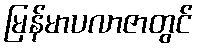
မြန်မာပလာဇာတွင်